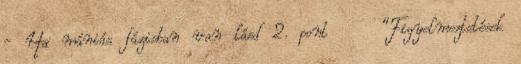
- Ha mániás fázisban van lásd 2. pont "Figyelmeztetések